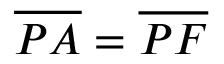
{ \overline { { P A } } } = { \overline { { P F } } }